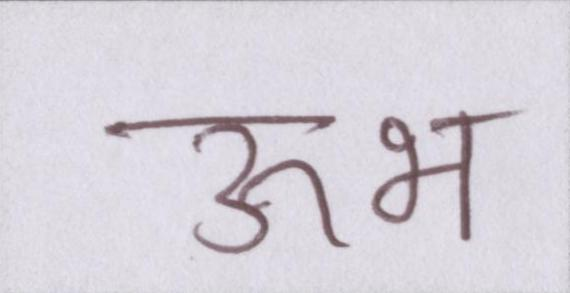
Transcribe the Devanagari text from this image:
ऊभ